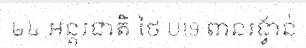
២៤ អន្តរជាតិ ថៃ U19 ពានរង្វាន់